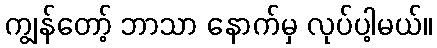
ကျွန်တော့် ဘာသာ နောက်မှ လုပ်ပါ့မယ်။